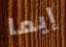
إيما